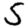
Digit: 5